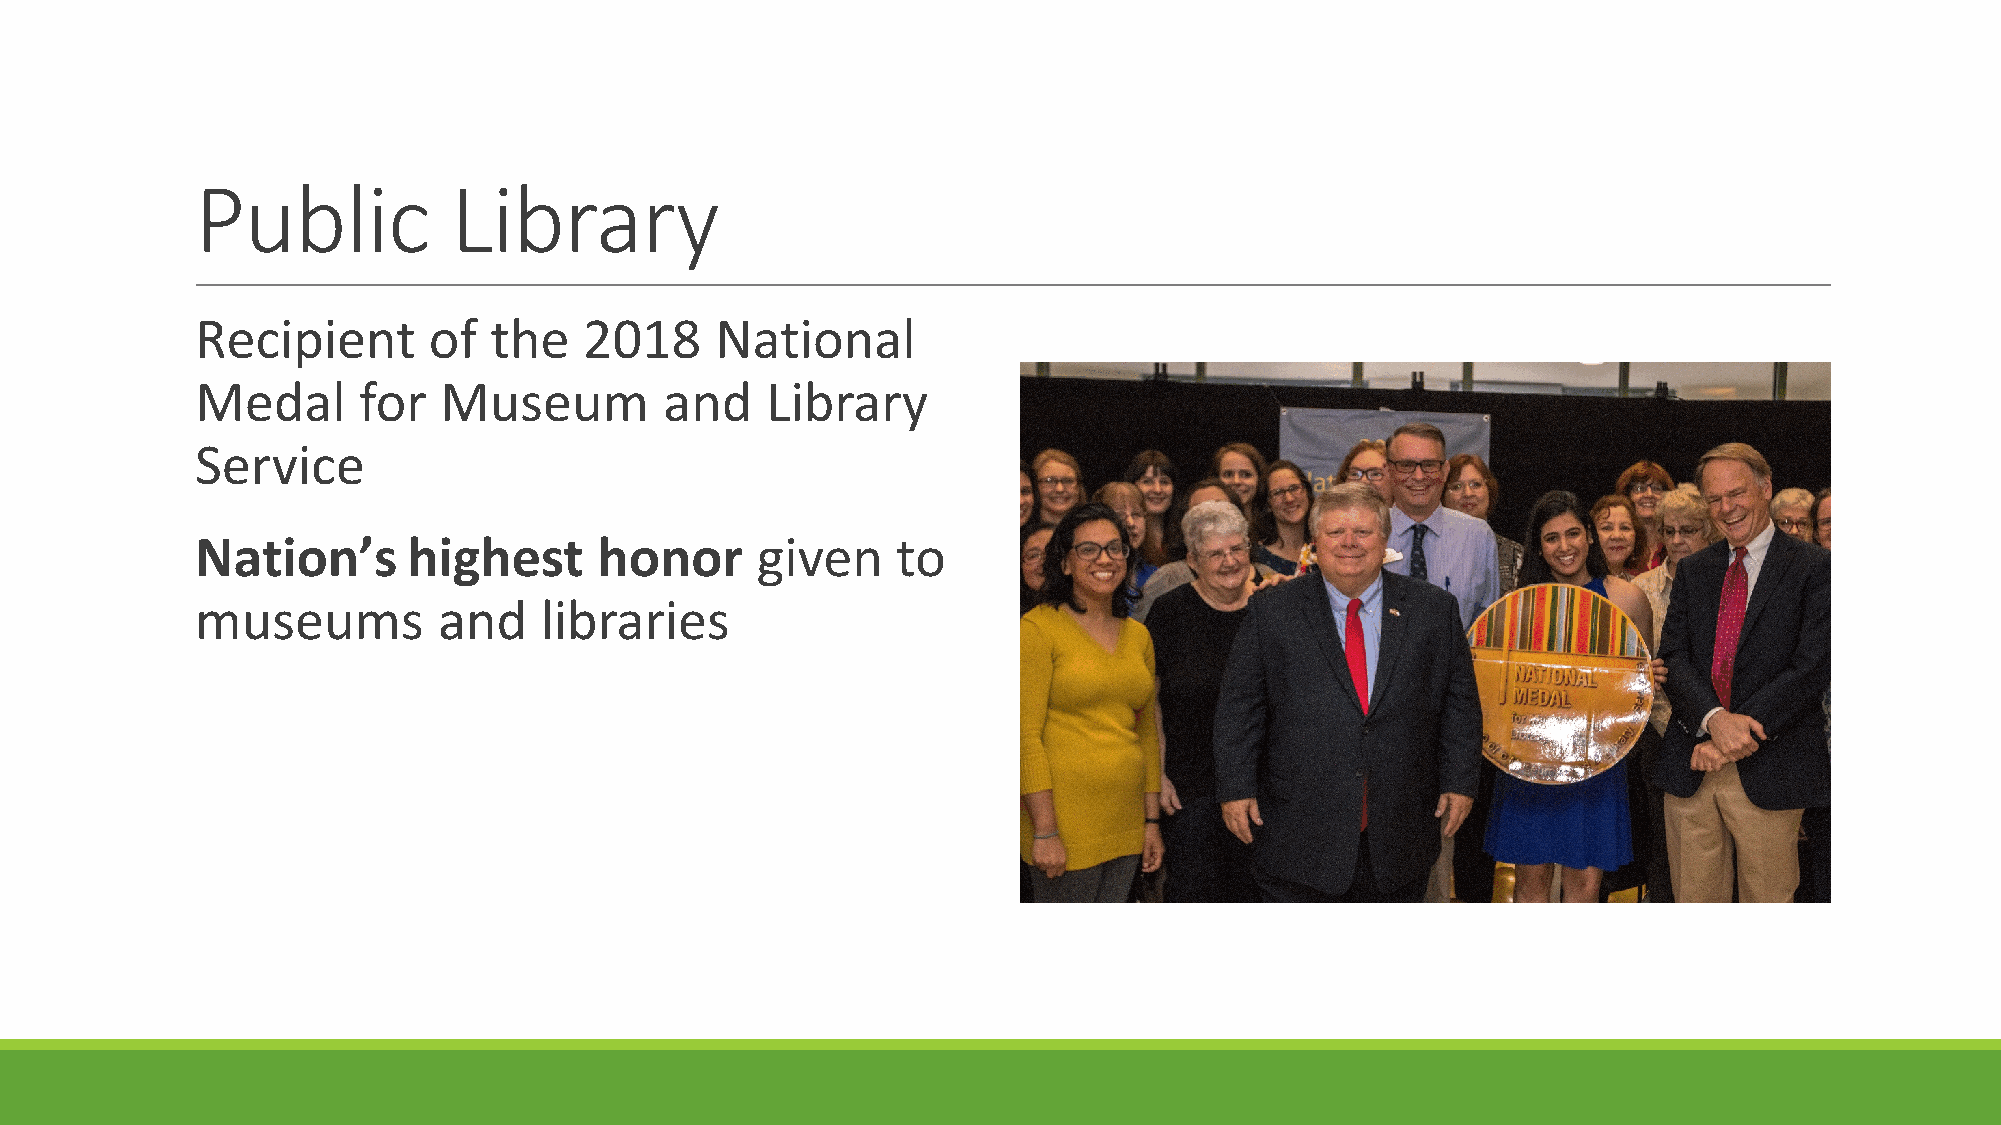
Public           Library
 Recipient      of  the    2018    National
 Medal      for  Museum         and    Library
 Service
 Nation’s      highest      honor     given    to
 museums         and    libraries